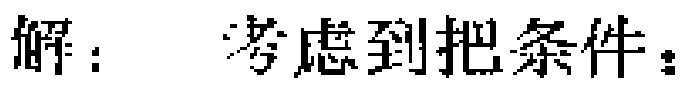
解：考虑到把条件：